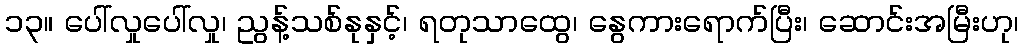
၁၃။ ပေါ်လှုပေါ်လှု၊ ညွန့်သစ်နုနှင့်၊ ရတုသာထွေ၊ နွေကားရောက်ပြီး၊ ဆောင်းအမြီးဟု၊